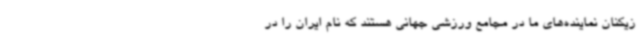
زیکنان نماینده‌های ما در مجامع ورزشی جهانی هستند که نام ایران را در